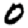
Digit: 0